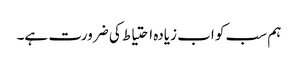
ہم سب کو اب زیادہ احتیاط کی ضرورت ہے۔